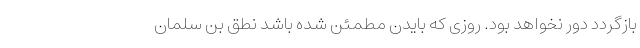
بازگردد دور نخواهد بود. روزی که بایدن مطمئن شده باشد نطق بن سلمان